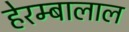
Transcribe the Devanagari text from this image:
हेरम्बालाल